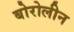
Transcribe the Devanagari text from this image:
बोरोलीन